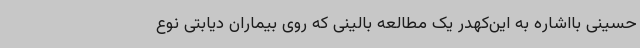
حسینی بااشاره به این‌کهدر یک مطالعه بالینی که روی بیماران دیابتی نوع